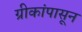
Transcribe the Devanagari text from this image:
ग्रीकांपासून